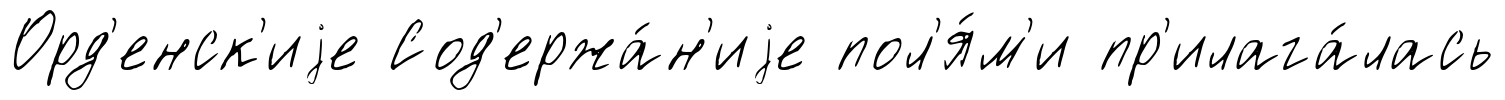
Орд'енск'иjе Сод'ержа́н'иjе пол'я́м'и пр'илага́лась